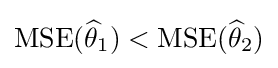
\operatorname {MSE} ({\widehat {\theta }}_{1})<\operatorname {MSE} ({\widehat {\theta }}_{2})